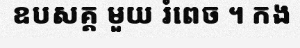
ឧបសគ្គ មួយ រំពេច ។ កង